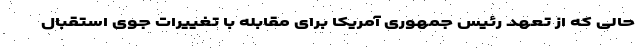
حالی که از تعهد رئیس جمهوری آمریکا برای مقابله با تغییرات جوی استقبال